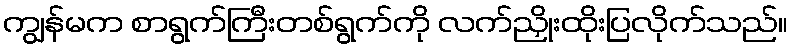
ကျွန်မက စာရွက်ကြီးတစ်ရွက်ကို လက်ညှိုးထိုးပြလိုက်သည်။